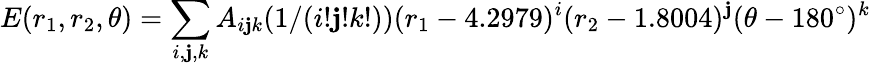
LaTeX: E(r_{1},r_{2},\theta)=\sum_{i,\mathbf{j},k}A_{i\mathbf{j}k}(1/(i!\mathbf{j}!k!))(r_{1}-4.2979)^{i}(r_{2}-1.8004)^{\mathbf{j}}(\theta-180^{\circ})^{k}